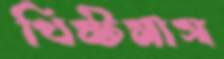
খিষ্টমাস